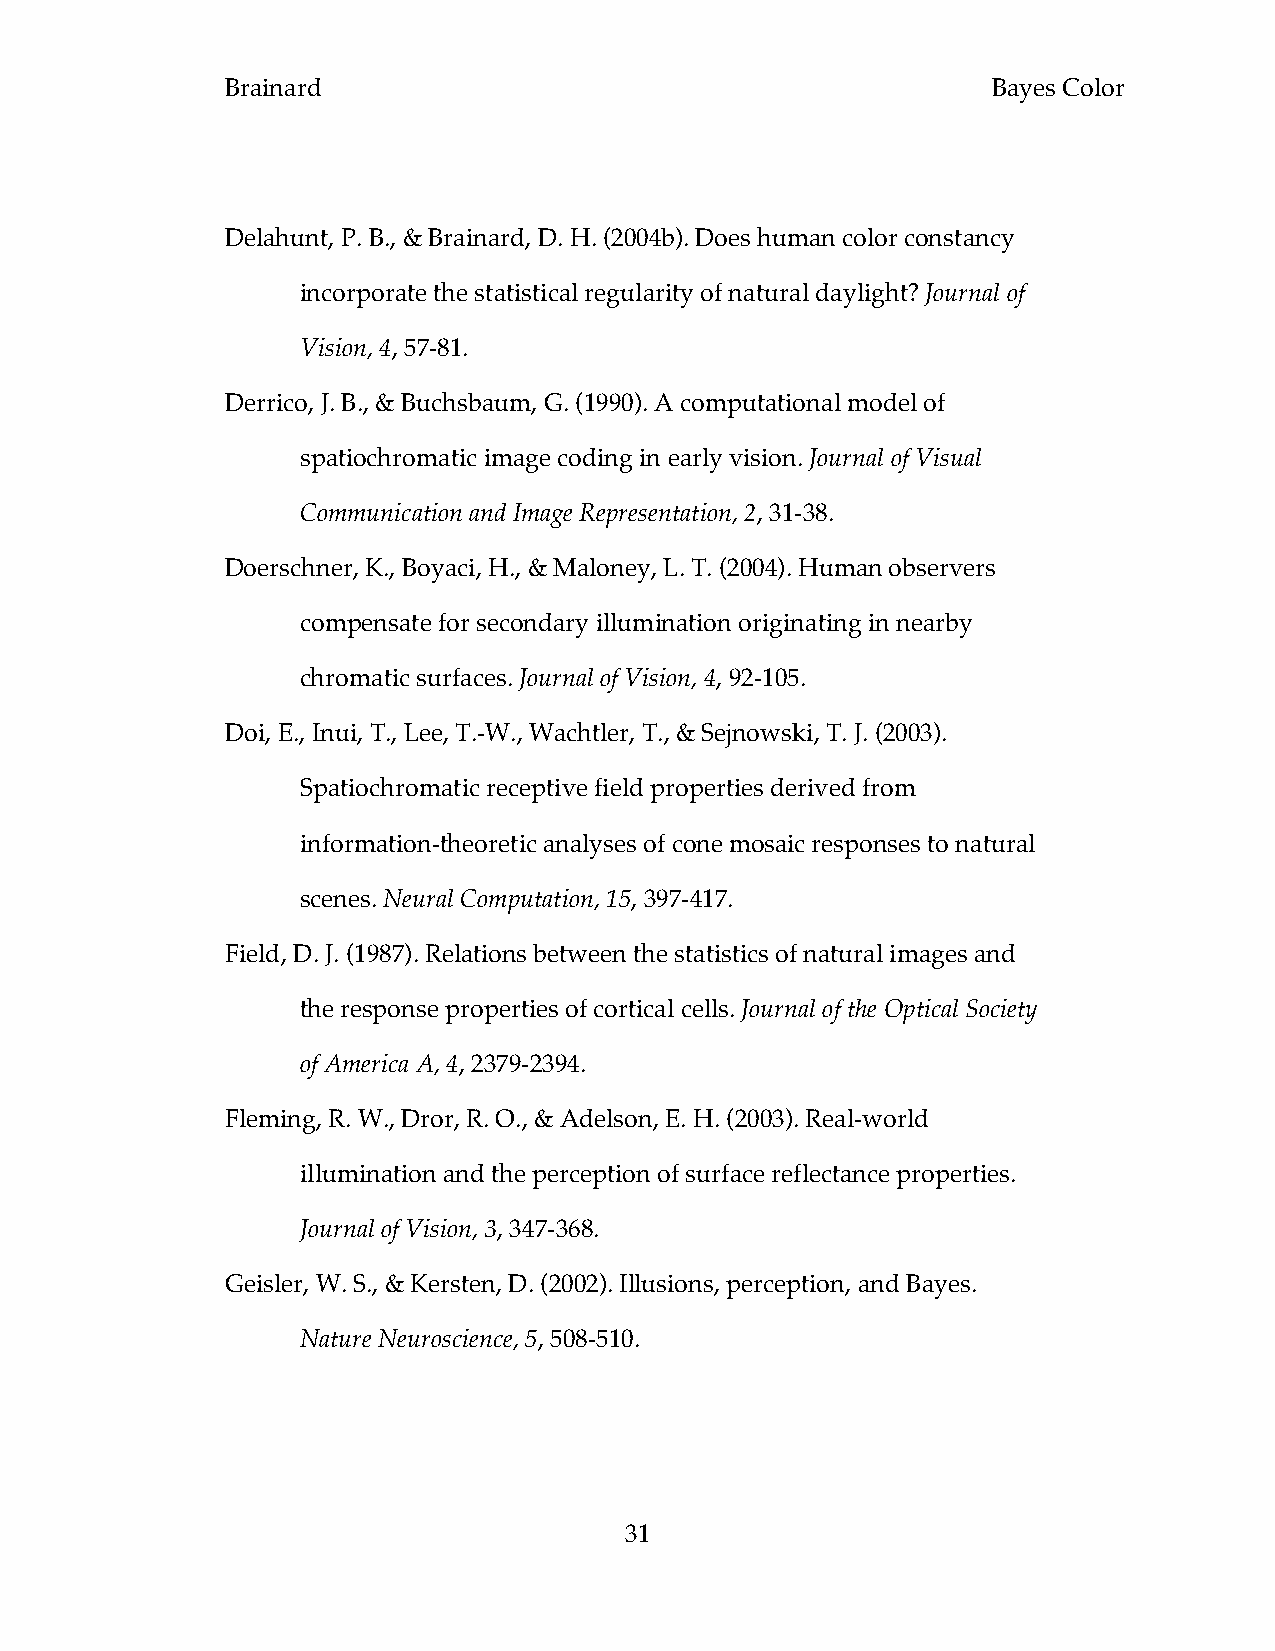
Brainard                                           Bayes Color
 Delahunt, P. B., & Brainard, D. H. (2004b). Does human color constancy
 incorporate the statistical regularity of natural daylight? Journal of
 Vision, 4, 57-81.
 Derrico, J. B., & Buchsbaum, G. (1990). A computational model of
 spatiochromatic image coding in early vision. Journal of Visual
 Communication and Image Representation, 2, 31-38.
 Doerschner, K., Boyaci, H., & Maloney, L. T. (2004). Human observers
 compensate for secondary illumination originating in nearby
 chromatic surfaces. Journal of Vision, 4, 92-105.
 Doi, E., Inui, T., Lee, T.-W., Wachtler, T., & Sejnowski, T. J. (2003).
 Spatiochromatic receptive field properties derived from
 information-theoretic analyses of cone mosaic responses to natural
 scenes. Neural Computation, 15, 397-417.
 Field, D. J. (1987). Relations between the statistics of natural images and
 the response properties of cortical cells. Journal of the Optical Society
 of America A, 4, 2379-2394.
 Fleming, R. W., Dror, R. O., & Adelson, E. H. (2003). Real-world
 illumination and the perception of surface reflectance properties.
 Journal of Vision, 3, 347-368.
 Geisler, W. S., & Kersten, D. (2002). Illusions, perception, and Bayes.
 Nature Neuroscience, 5, 508-510.
 31